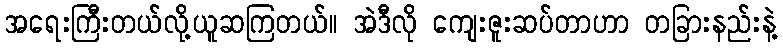
အရေးကြီးတယ်လို့ယူဆကြတယ်။ အဲဒီလို ကျေးဇူးဆပ်တာဟာ တခြားနည်းနဲ့